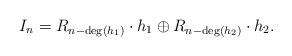
LaTeX: \begin{align*}I_n = R_{n-\deg(h_1)}\cdot h_1 \oplus R_{n-\deg(h_2)} \cdot h_2.\end{align*}